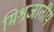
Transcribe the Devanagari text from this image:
मिश्रजातीय